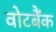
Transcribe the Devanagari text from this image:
वोटबैंक